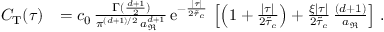
\begin{array} { r l } { C _ { \mathrm { T } } ( \tau ) } & { = c _ { 0 } \, \frac { \, \Gamma ( \frac { d + 1 } { 2 } ) } { \pi ^ { ( d + 1 ) / 2 } \, a _ { \Re } ^ { d + 1 } } \, \mathrm { e } ^ { - \frac { \lvert \tau \rvert } { 2 \tilde { \tau } _ { c } } } \, \left[ \left( 1 + \frac { \lvert \tau \rvert } { 2 \tilde { \tau } _ { c } } \right) + \frac { \xi \lvert \tau \rvert } { 2 \tilde { \tau } _ { c } } \, \frac { ( d + 1 ) } { a _ { \Re } } \right] \, . } \end{array}